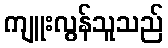
ကျူးလွန်သူသည်